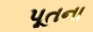
પૂતના